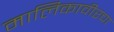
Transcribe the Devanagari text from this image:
मालिकावीरचा